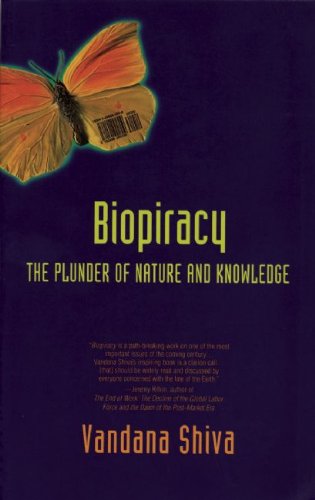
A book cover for Biopiracy: The Plunder of Nature and Knowledge; Vandana Shiva; Law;